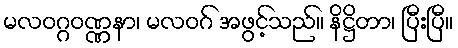
မလဝဂ္ဂဝဏ္ဏနာ၊ မလဝဂ် အဖွင့်သည်။ နိဋ္ဌိတာ၊ ပြီးပြီ။